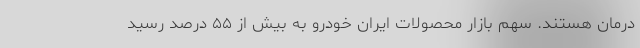
درمان هستند. سهم بازار محصولات ایران خودرو به بیش از ۵۵ درصد رسید